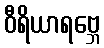
ဝီရိယာရဗ္ဘေ